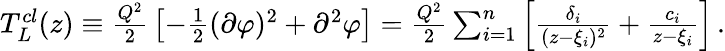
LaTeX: \begin{array}{r}{T_{L}^{cl}(z)\equiv{\frac{Q^{2}}{2}}\left[-{\frac{1}{2}}(\partial\varphi)^{2}+\partial^{2}\varphi\right]={\frac{Q^{2}}{2}}\sum_{i=1}^{n}\left[{\frac{\delta_{i}}{(z-\xi_{i})^{2}}}+{\frac{c_{i}}{z-\xi_{i}}}\right]\, .}\end{array}